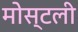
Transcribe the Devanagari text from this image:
मोस्टली